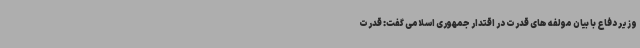
وزیر دفاع با بیان مولفه های قدرت در اقتدار جمهوری اسلامی گفت: قدرت